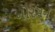
નોરમન